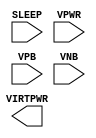
module sky130_fd_sc_lp__sleep_sergate_plv (
    VIRTPWR,
    SLEEP  ,
    VPWR   ,
    VPB    ,
    VNB
);

    output VIRTPWR;
    input  SLEEP  ;
    input  VPWR   ;
    input  VPB    ;
    input  VNB    ;
endmodule